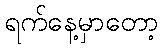
ရက်နေ့မှာတော့